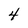
Character: 4